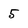
Character: 5